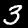
Digit: 3